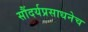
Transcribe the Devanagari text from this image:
सौंदर्यप्रसाधनेच